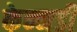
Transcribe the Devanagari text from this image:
केन्नडी